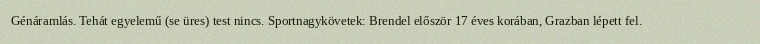
Génáramlás. Tehát egyelemű (se üres) test nincs. Sportnagykövetek: Brendel először 17 éves korában, Grazban lépett fel.